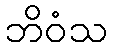
ဘိဝံသ